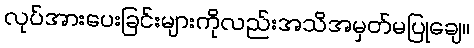
လုပ်အားပေးခြင်းများကိုလည်းအသိအမှတ်မပြုချေ။